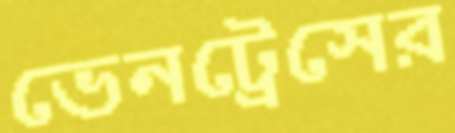
ভেনট্রেসের